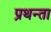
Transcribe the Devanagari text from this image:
प्रथन्ता